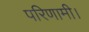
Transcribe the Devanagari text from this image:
परिणामी।